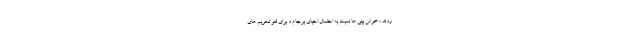
روند ، خوش بینی ها نسبت به احتمال احیای برجام و برای لغو تحریم های